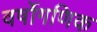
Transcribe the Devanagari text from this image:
वर्षोगणिक